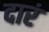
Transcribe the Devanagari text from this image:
दारं